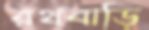
রথবাড়ি